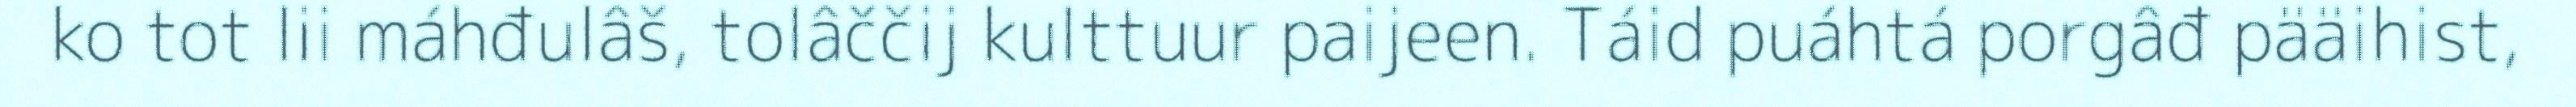
ko tot lii máhđulâš, tolâččij kulttuur paijeen. Táid puáhtá porgâđ pääihist,